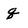
Character: q